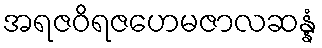
အရဇဝိရဇဟေမဇာလဆန္နံ